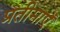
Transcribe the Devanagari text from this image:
प्रतीमाएँ